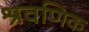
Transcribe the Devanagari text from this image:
श्रवणिक